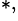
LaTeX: ^{*,}